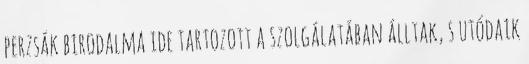
perzsák birodalma ide tartozott a szolgálatában álltak, s utódaik